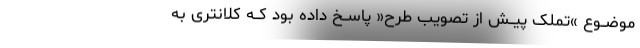
موضــوع »تملک پیــش از تصویب طرح« پاســخ داده بود کــه کلانتری به